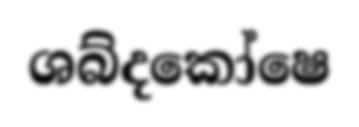
ශබ්දකෝෂෙ